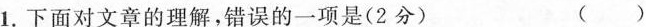
1.下面对文章的理解，错误的一项是(2分) ()